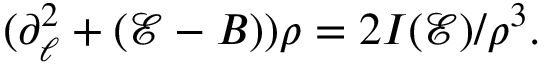
\begin{array} { r } { ( \partial _ { \ell } ^ { 2 } + ( \mathcal { E } - B ) ) \rho = 2 I ( \mathcal { E } ) / \rho ^ { 3 } . } \end{array}